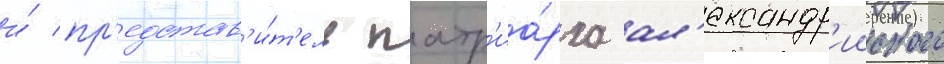
и́ пр'едстав'и́т'ель патр'иа́рха ал'ександр'ииского